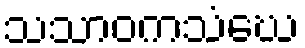
သသာဝကသံဃေ